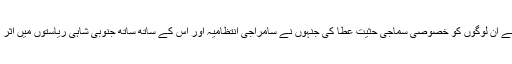
تعلیم نے ان لوگوں کو خصوصی سماجی حثیت عطا کی جنہوں نے سامراجی انتظامیہ اور اس کے ساتھ ساتھ جنوبی شاہی ریاستوں میں اثر دیکھا۔